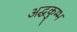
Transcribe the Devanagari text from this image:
अद्धकुम्भ